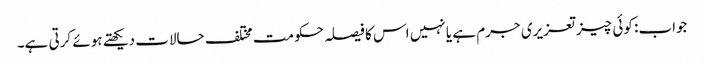
جواب: کوئی چیز تعزیری جرم ہے یا نہیں اس کا فیصلہ حکومت مختلف حالات دیکھتے ہوئے کرتی ہے۔